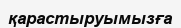
қарастыруымызға